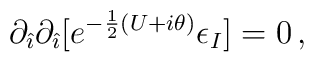
\partial_{\hat{\imath}}\partial_{\hat{\imath}}[e^{-\frac{1}{2}(U+i\theta)}\epsilon_{I}] = 0\, ,